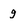
Character: g